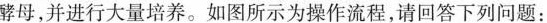
酵母，并进行大量培养。如图所示为操作流程，请回答下列问题：